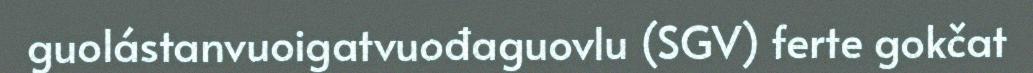
guolástanvuoigatvuođaguovlu (SGV) ferte gokčat